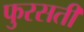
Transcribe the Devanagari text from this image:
फुरसती